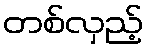
တစ်လှည့်